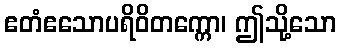
ဧတံဧသောပရိဝိတက္ကော၊ ဤသို့သော